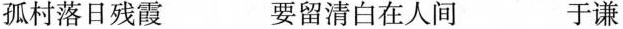
孤村落日残霞 要留清白在人间 于谦